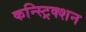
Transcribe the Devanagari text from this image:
कन्स्ट्रिक्शन